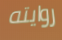
روايته